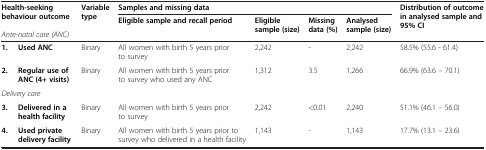
<table><thead><tr><td rowspan="2" colspan="2"><b>Health-seeking behaviour outcome<i>Ante-natal care (ANC)</i></b></td><td rowspan="2"><b>Variable type</b></td><td colspan="4"><b>Samples and missing data</b></td><td rowspan="2"><b>Distribution of outcome in analysed sample and 95% CI</b></td></tr><tr><td><b>Eligible sample and recall period</b></td><td><b>Eligible sample (size)</b></td><td><b>Missing data (%)</b></td><td><b>Analysed sample (size)</b></td></tr></thead><tbody><tr><td><b>1.</b></td><td><b>Used ANC</b></td><td>Binary</td><td>All women with birth 5 years prior to survey</td><td>2,242</td><td>-</td><td>2,242</td><td>58.5% (55.6 - 61.4)</td></tr><tr><td><b>2.</b></td><td><b>Regular use of ANC (4+ visits)</b></td><td>Binary</td><td>All women with birth 5 years prior to survey who used any ANC</td><td>1,312</td><td>3.5</td><td>1,266</td><td>66.9% (63.6 – 70.1)</td></tr><tr><td colspan="2"><i>Delivery care</i></td><td></td><td></td><td></td><td></td><td></td><td></td></tr><tr><td><b>3.</b></td><td><b>Delivered in a health facility</b></td><td>Binary</td><td>All women with birth 5 years prior to survey</td><td>2,242</td><td>&lt;0.01</td><td>2,240</td><td>51.1% (46.1 – 56.0)</td></tr><tr><td><b>4.</b></td><td><b>Used private delivery facility</b></td><td>Binary</td><td>All women with birth 5 years prior to survey who delivered in a health facility</td><td>1,143</td><td>-</td><td>1,143</td><td>17.7% (13.1 – 23.6)</td></tr></tbody></table>